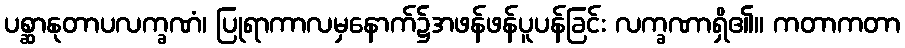
ပစ္ဆာနုတာပလက္ခဏံ၊ ပြုရာကာလမှနောက်၌အဖန်ဖန်ပူပန်ခြင်း လက္ခဏာရှိ၏။ ကတာကတာ